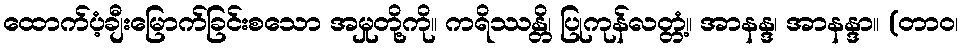
ထောက်ပံ့ချီးမြောက်ခြင်းစသော အမှုတို့ကို။ ကရိဿန္တိ၊ ပြုကုန်လတ္တံ့။ အာနန္ဒ၊ အာနန္ဒာ။ (တာဝ၊